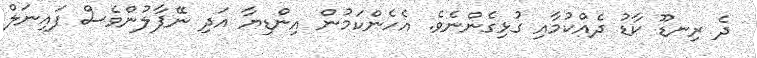
ދެ ރިނޑޫ ކާޑު ދެއްކުމާއި ގުޅިގެންނެވެ. އެހެންކަމުން އިންޑިޔާ އަދި ނޭޕާލުންވެސް ފައިނަލް